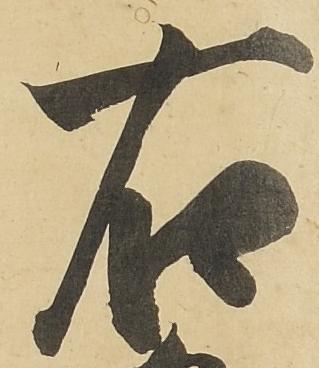
右